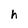
Character: h